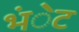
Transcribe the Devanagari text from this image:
भंेट